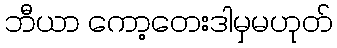
ဘီယာ ကော့တေးဒါမှမဟုတ်